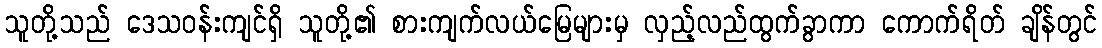
သူတို့သည် ဒေသဝန်းကျင်ရှိ သူတို့၏ စားကျက်လယ်မြေများမှ လှည့်လည်ထွက်ခွာကာ ကောက်ရိတ် ချိန်တွင်